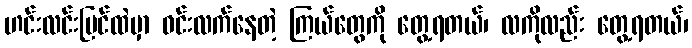
ဟင်းလင်းပြင်ထဲမှာ ဝင်းလက်နေတဲ့ ကြယ်တွေကို တွေ့ရတယ်၊ လကိုလည်း တွေ့ရတယ်၊